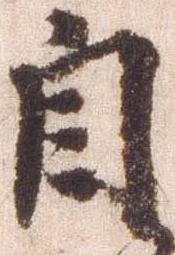
自